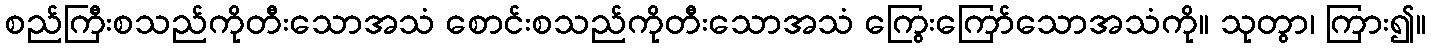
စည်ကြီးစသည်ကိုတီးသောအသံ စောင်းစသည်ကိုတီးသောအသံ ကြွေးကြော်သောအသံကို။ သုတွာ၊ ကြား၍။